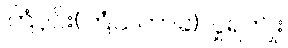
ကြံပိုင်း(ကြံသကာခဲ)လှူရကျိုး